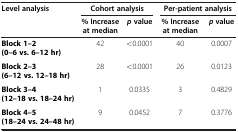
<table><thead><tr><td rowspan="2"><b>Level analysis</b></td><td colspan="2"><b>Cohort analysis</b></td><td colspan="2"><b>Per-patient analysis</b></td></tr><tr><td><b>% Increase at median</b></td><td><b><i>p </i>value</b></td><td><b>% Increase at median</b></td><td><b><i>p </i>value</b></td></tr></thead><tbody><tr><td><b>Block 1–2 (0–6 vs. 6–12 hr)</b></td><td>42</td><td>&lt;0.0001</td><td>40</td><td>0.0007</td></tr><tr><td><b>Block 2–3 (6–12 vs. 12–18 hr)</b></td><td>28</td><td>&lt;0.0001</td><td>26</td><td>0.0123</td></tr><tr><td><b>Block 3–4 (12–18 vs. 18–24 hr)</b></td><td>1</td><td>0.0335</td><td>3</td><td>0.4829</td></tr><tr><td><b>Block 4–5 (18–24 vs. 24–48 hr)</b></td><td>9</td><td>0.0452</td><td>7</td><td>0.3776</td></tr></tbody></table>